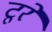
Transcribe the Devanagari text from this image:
टूरे